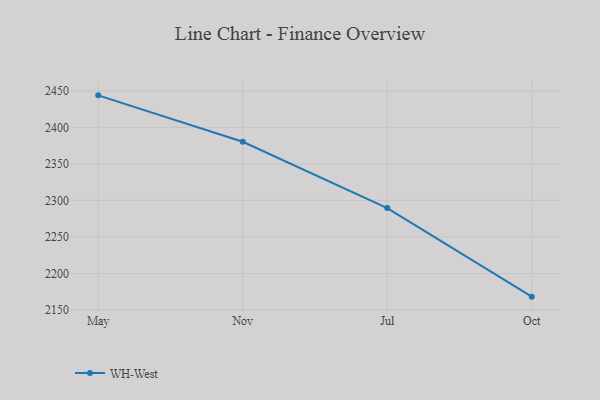
{"axis": {"x": "Month", "y": "Population (Million)"}, "legend": ["WH-West"], "data": [{"x": "May", "y": 2443.9, "type": "WH-West"}, {"x": "Nov", "y": 2380.3, "type": "WH-West"}, {"x": "Jul", "y": 2289.5, "type": "WH-West"}, {"x": "Oct", "y": 2168.2, "type": "WH-West"}]}